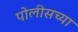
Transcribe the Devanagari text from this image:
पोलीसच्या